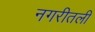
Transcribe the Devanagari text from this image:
नगरीतली